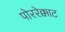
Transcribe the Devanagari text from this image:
पोररेक्काट